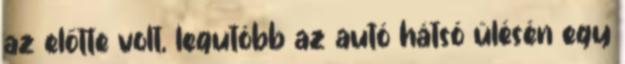
az előtte volt, legutóbb az autó hátsó ülésén egy